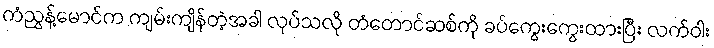
ကံညွန့်မောင်က ကျမ်းကျိန်တဲ့အခါ လုပ်သလို တံတောင်ဆစ်ကို ခပ်ကွေးကွေးထားပြီး လက်ဝါး